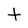
Character: t